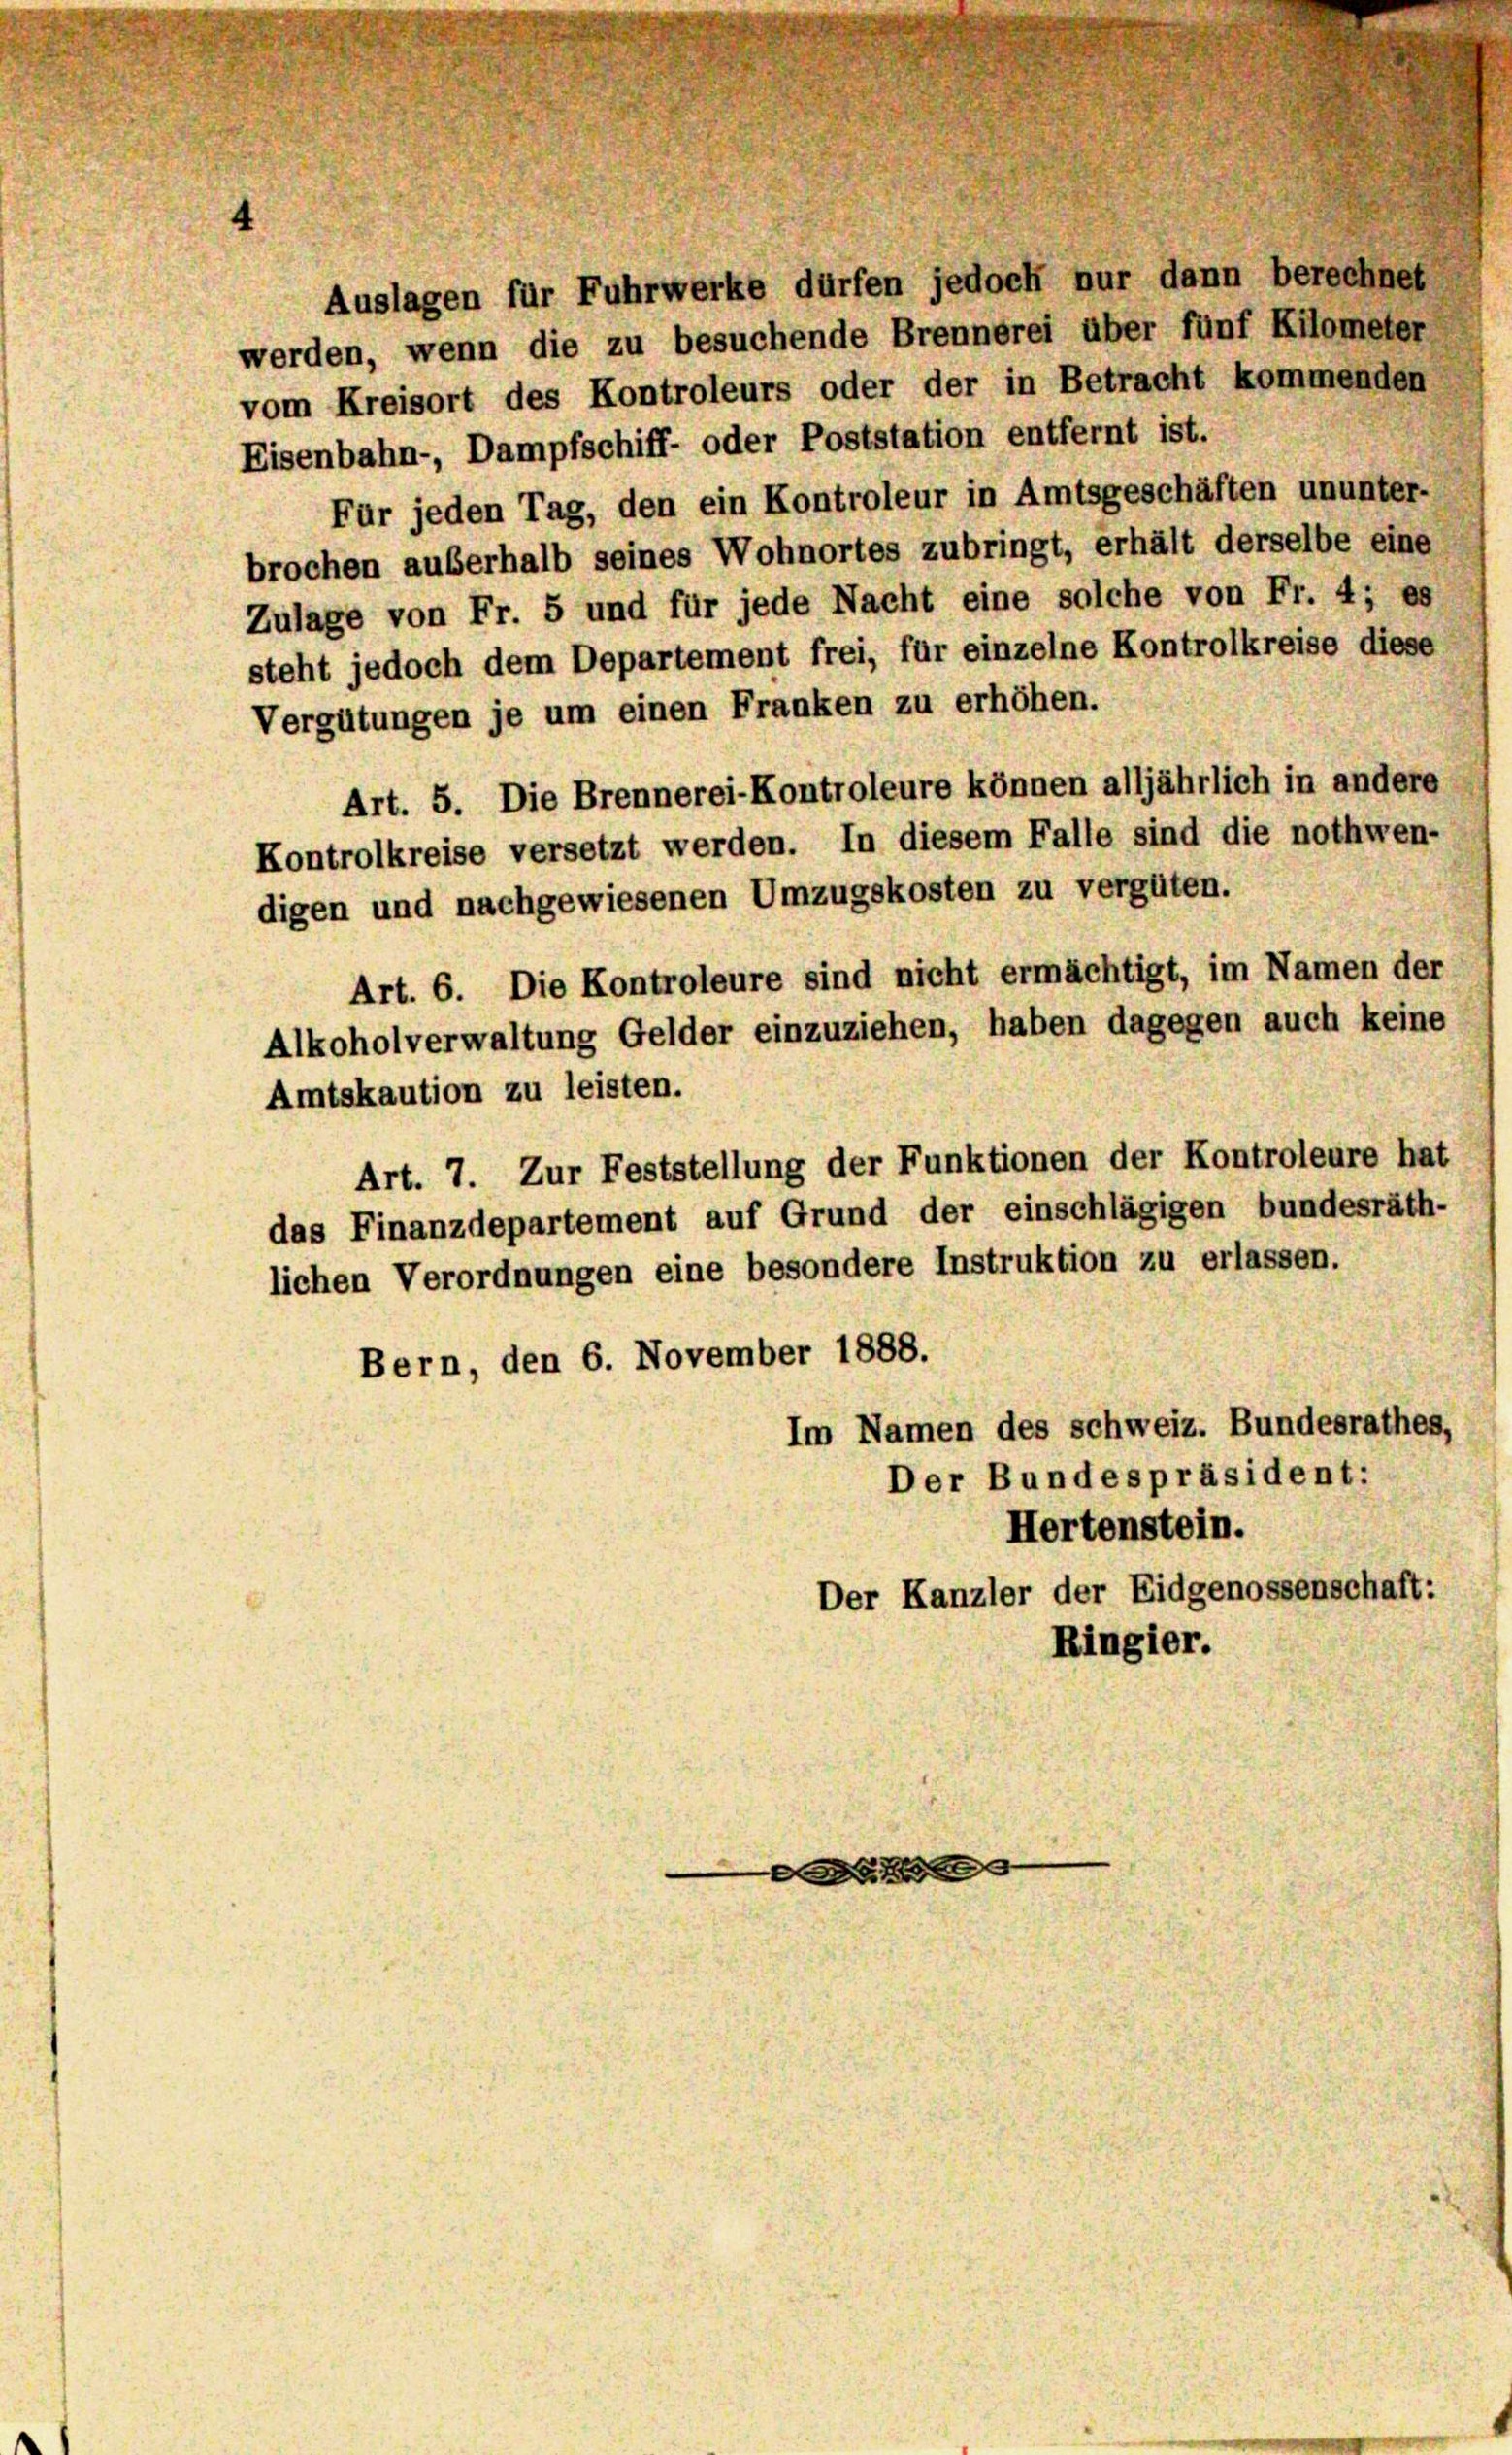
Auslagen für Fuhrwerke dürfen jedoch nur dann berechnet
werden, wenn die zu besuchende Brennerei über fünf Kilometer
vom Kreisort des Kontroleurs oder der in Betracht kommenden
Eisenbahn-, Dampfschiff- oder Poststation entfernt ist.
Für jeden Tag, den ein Kontroleur in Amtsgeschäften ununter-
brochen außerhalb seines Wohnortes zubringt, erhält derselbe eine
Zulage von Fr. 5 und für jede Nacht eine solche von Fr. 4; es
steht jedoch dem Departement frei, für einzelne Kontrolkreise diese
Vergütungen je um einen Franken zu erhöhen.
Art. 5. Die Brennerei-Kontroleure können alljährlich in andere
Kontrolkreise versetzt werden. In diesem Falle sind die nothwen-
digen und nachgewiesenen Umzugskosten zu vergüten.
Art. 6. Die Kontroleure sind nicht ermächtigt, im Namen der
Alkoholverwaltung Gelder einzuziehen, haben dagegen auch keine
Amtskaution zu leisten.
Art. 7. Zur Feststellung der Funktionen der Kontroleure hat
das Finanzdepartement auf Grund der einschlägigen bundesräth-
lichen Verordnungen eine besondere Instruktion zu erlassen.
Bern, den 6. November 1888.
Im Namen des schweiz. Bundesrathes,
Der Bundespräsident:
Hertenstein.
Der Kanzler der Eidgenossenschaft:
Ringier.

e